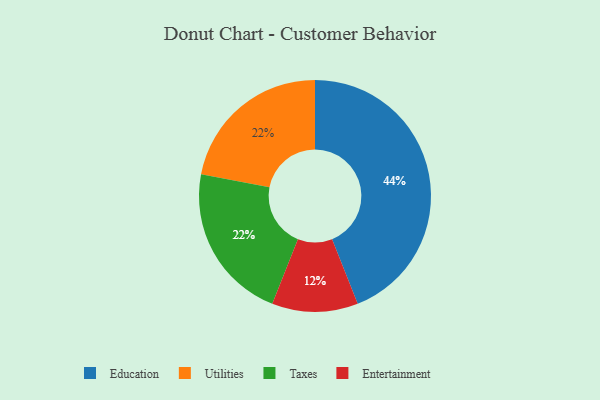
{"axis": {"x": "Category", "y": "Percentage"}, "legend": ["Education", "Entertainment", "Taxes", "Utilities"], "data": [{"x": "Utilities", "y": 22, "type": "Utilities"}, {"x": "Taxes", "y": 22, "type": "Taxes"}, {"x": "Education", "y": 44, "type": "Education"}, {"x": "Entertainment", "y": 12, "type": "Entertainment"}]}